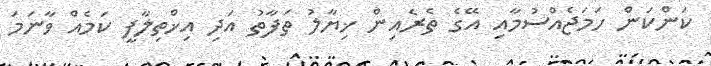
ކަންކަން ހަމަޖެއްސުމާއި އޭގެ ތެރެއިން ޚިޔާލު ތަފާތު އަދި އިޚްތިލާފީ ކަމެއް ވާނަމަ